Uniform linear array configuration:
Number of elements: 48
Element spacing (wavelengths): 0.75
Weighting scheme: hann
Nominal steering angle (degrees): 15
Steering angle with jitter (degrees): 14.949
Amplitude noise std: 0.05
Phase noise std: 0.05

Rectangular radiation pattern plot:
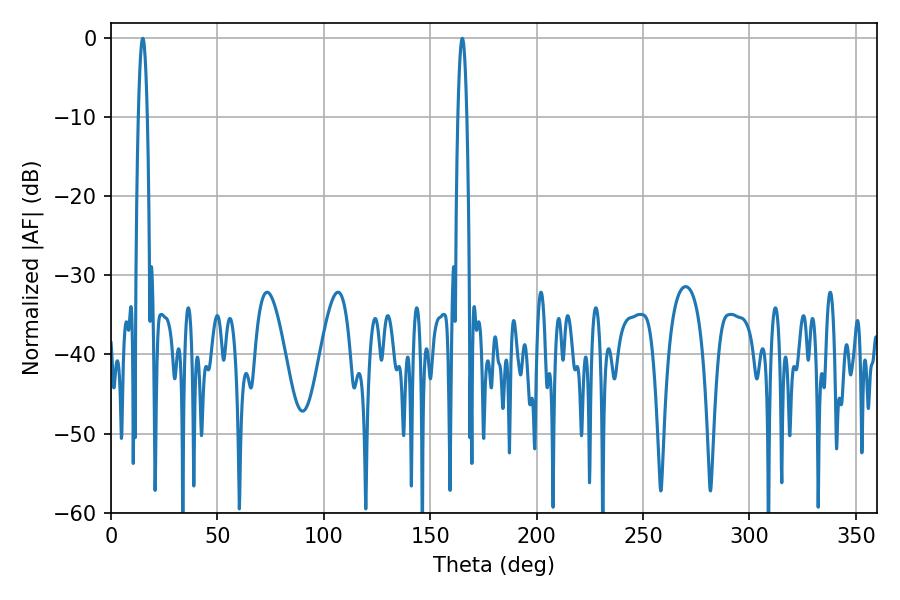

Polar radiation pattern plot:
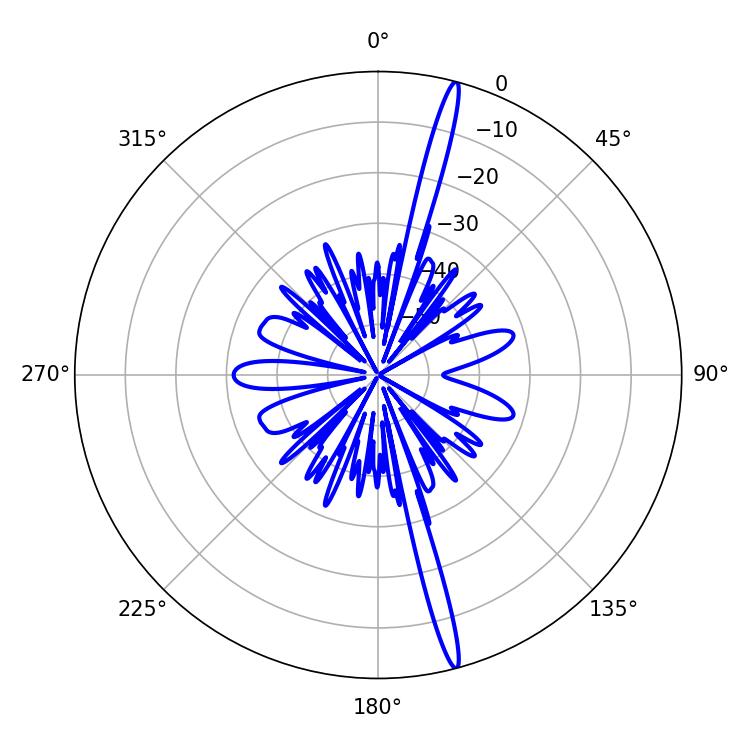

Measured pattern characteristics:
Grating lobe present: TRUE
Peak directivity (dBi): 19.434
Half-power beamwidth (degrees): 2.16
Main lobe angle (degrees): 165.06